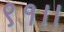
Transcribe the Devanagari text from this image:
९१।।